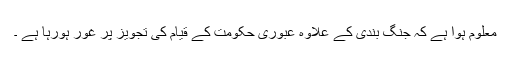
معلوم ہوا ہے کہ جنگ بندی کے علاوہ عبوری حکومت کے قیام کی تجویز پر غور ہورہا ہے ۔